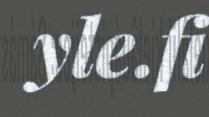
yle.fi